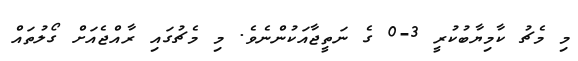
މި މެޗު ކާމިޔާބުކުރީ 3-0 ގެ ނަތީޖާއަކުންނެވެ. މި މެޗުގައި ރާއްޖެއަށް ގޯލުތައް